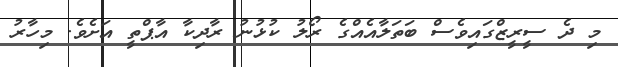
މި ދެ ސީރީޒްގައިވެސް ބަތަލާއެއްގެ ރޯލު ކުޅުނު ރާދިކާ އާޕްތީ އަށެވެ. މިހާރު